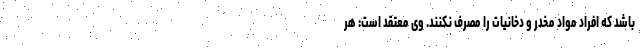
باشد که افراد مواد مخدر و دخانیات را مصرف نکنند. وی معتقد است: هر